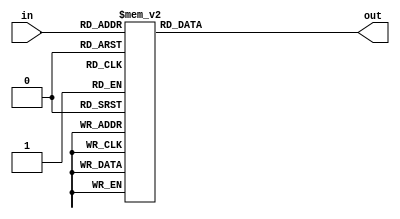
module sib(in, out);
	input [3:0] in;
	output reg [6:0] out;
	
always @(*) begin
	case(in)
		4'b0000:out=7'b1000000;
		4'b0001:out=7'b1111001;
		4'b0010:out=7'b0100100;
		4'b0011:out=7'b0110000;
		4'b0100:out=7'b0011001;
		4'b0101:out=7'b0010010;
		4'b0110:out=7'b0000010;
		4'b0111:out=7'b1011000;
		4'b1000:out=7'b0000000;
		4'b1001:out=7'b0010000;
		4'b1010:out=7'b0001000;
		4'b1011:out=7'b0000011;
		4'b1100:out=7'b1000110;
		4'b1101:out=7'b0100001;
		4'b1110:out=7'b0000110;
		4'b1111:out=7'b0001110;
		default:out=7'b1111111;
	endcase
end
endmodule